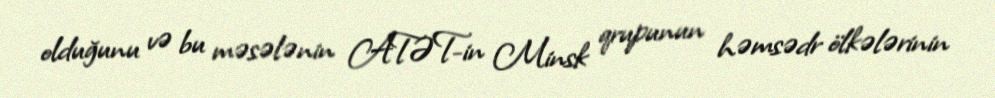
olduğunu və bu məsələnin ATƏT-in Minsk qrupunun həmsədr ölkələrinin